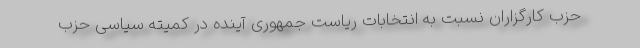
حزب کارگزاران نسبت به انتخابات ریاست جمهوری آینده در کمیته سیاسی حزب